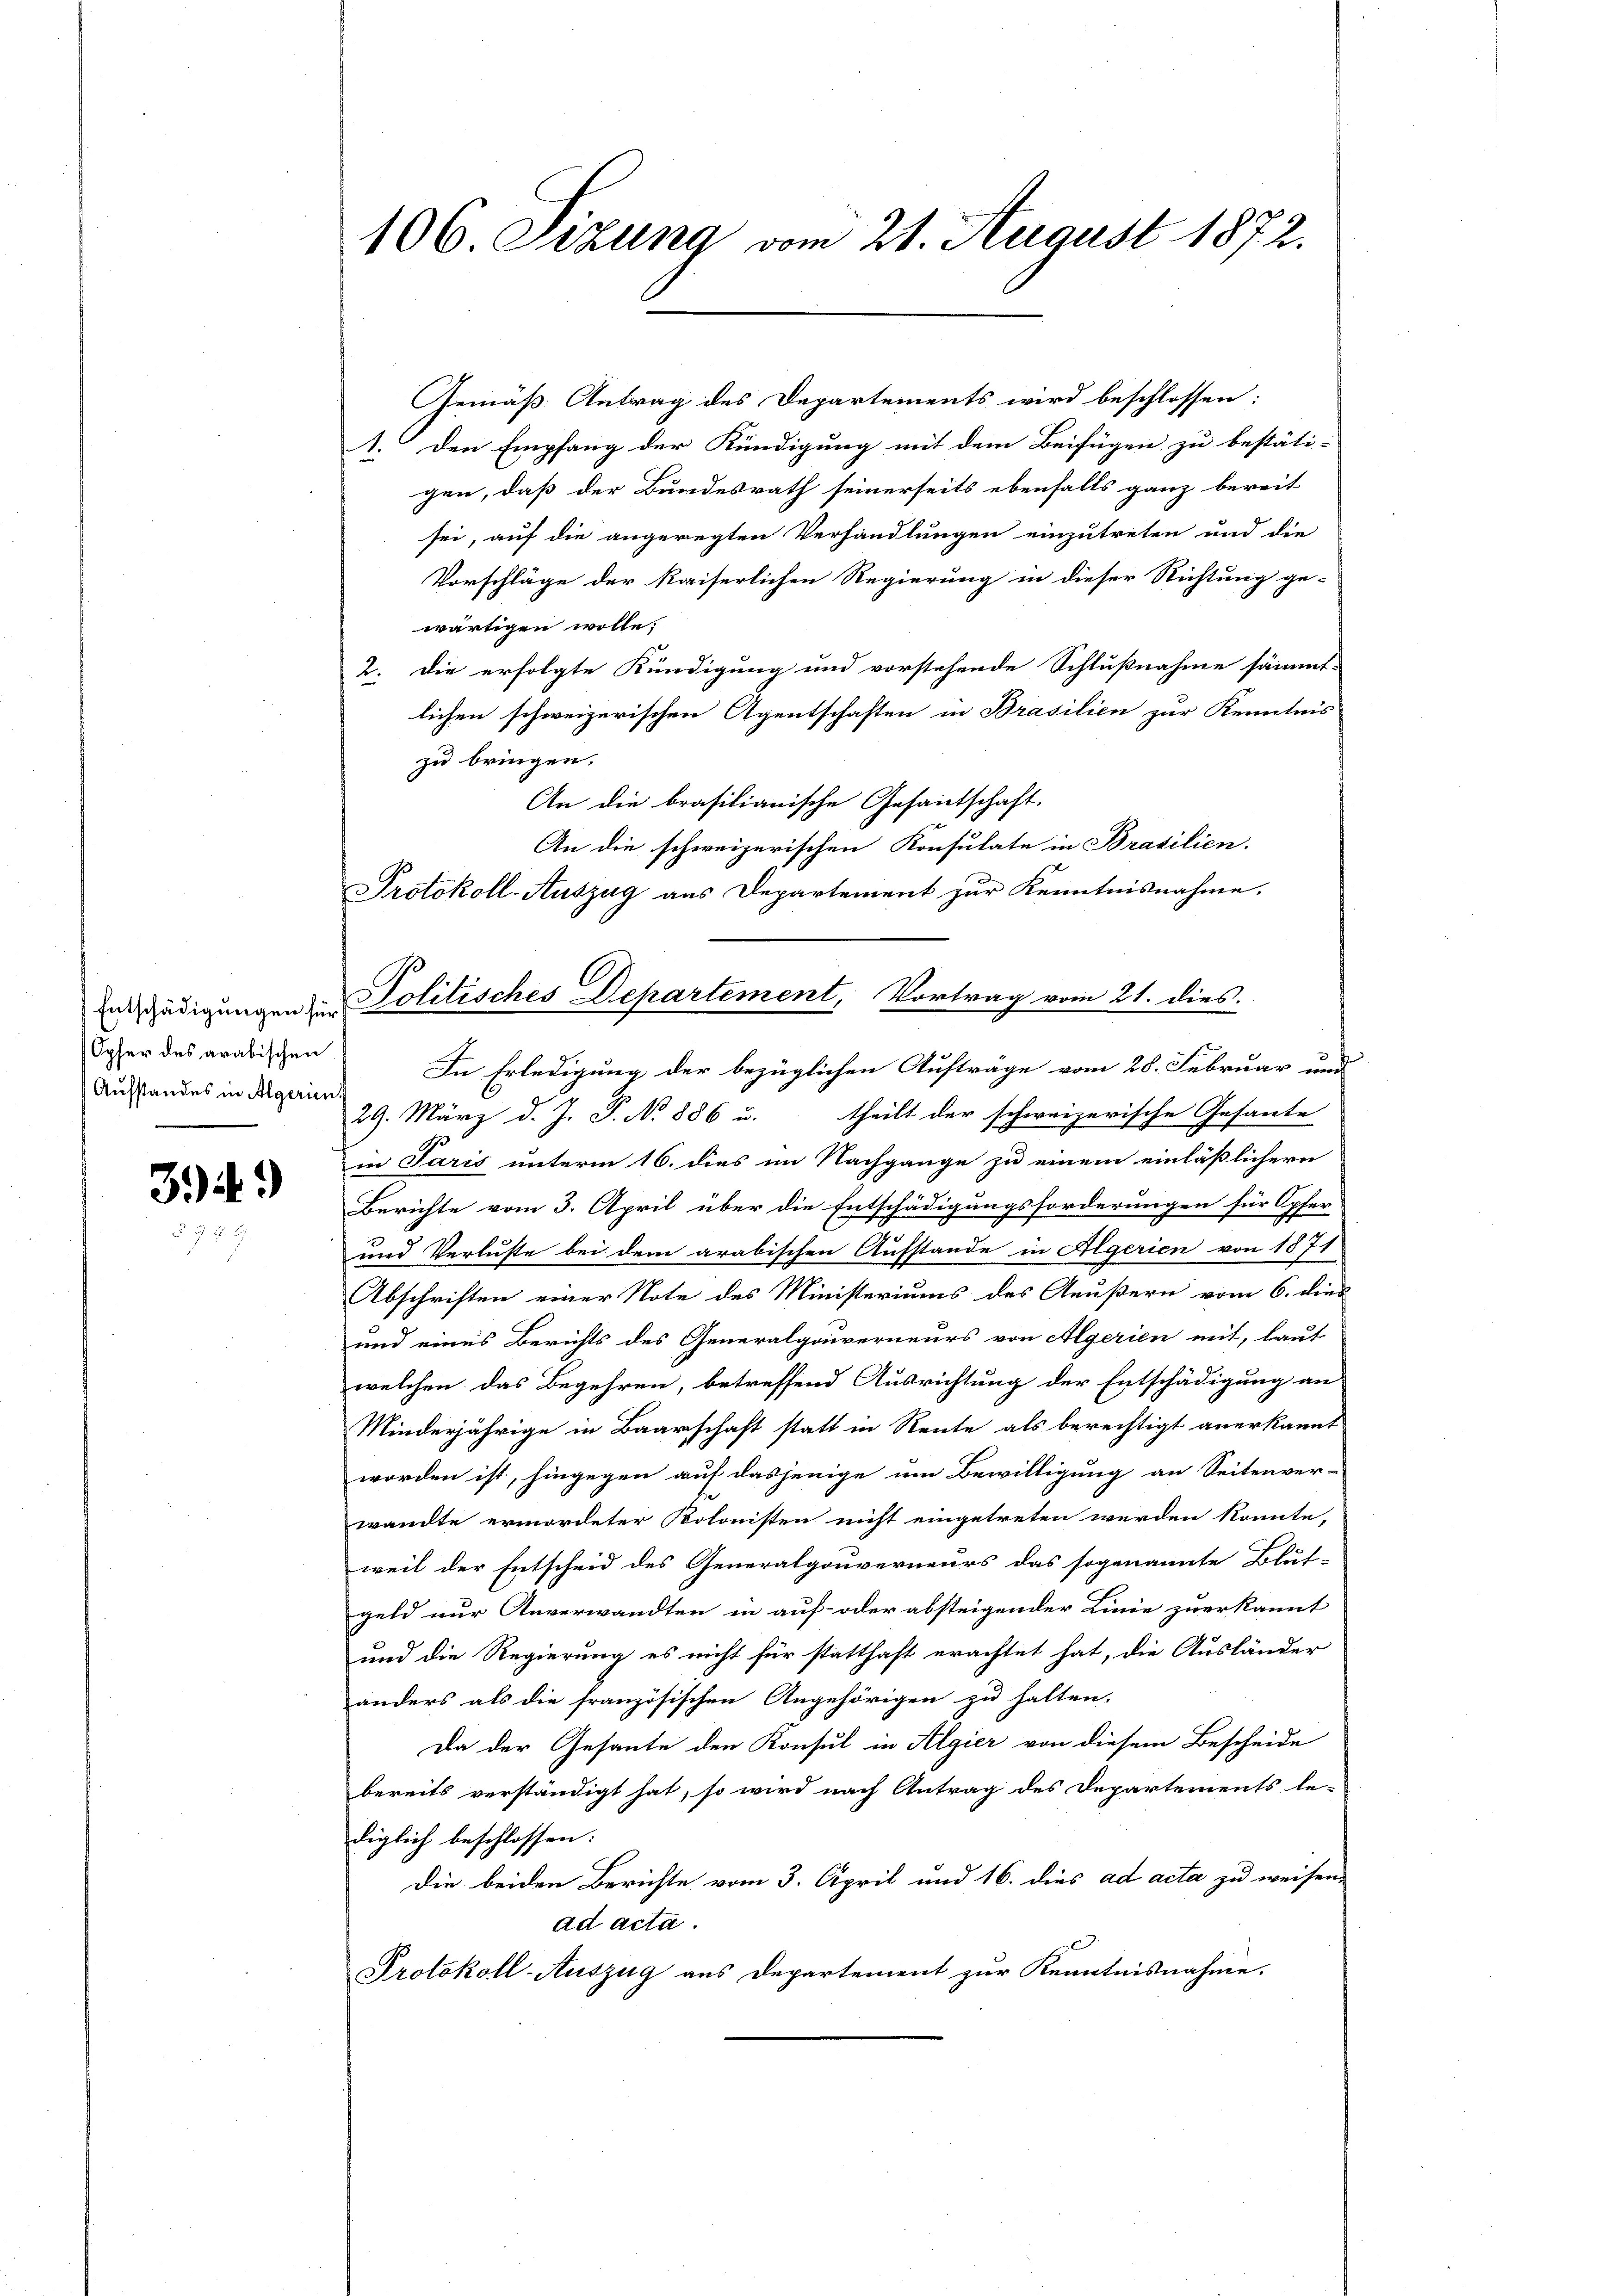
Entschädigungen für
Opfer des arabischen
Aufstandes in Algerien.

394)

Gemäß Antrag des Departements wird beschlossen:
1. Den Empfang der Kündigung mit dem Beifügen zu bestäti-
gen, daß der Bundesrath seinerseits ebenfalls ganz bereit
sei, auf die angeregten Verhandlungen einzutreten und die
Vorschläge der kaiserlichen Regierung in dieser Richtung ge-
wärtigen wolle;
2. Die erfolgte Kündigung und vorstehende Schlußnahme sämmt-
lichen schweizerischen Agentschaften in Brasilien zur Kenntnis
zu bringen.
An die brasilianische Gesantschaft.
An die schweizerischen Konsulate in Brasilien.
Protokoll-Auszug aus Departement zur Kenntnisnahme.
In Erledigung der bezüglichen Auftrage vom 28. Februar und
theilt der schweizerische Gesante
29. März d. J. P. No 886 u.
in Paris unterm 16. dies im Nachgange zu einem einläßlichern
Berichte vom 3. April über die Entschädigungsforderungen für Opfer-
und Verluste bei dem arabischen Aufstande in Algerien von 1871
Abschriften einer Note des Ministeriums des Aeußern vom 6. dies
und eines Berichts des Generalgouverneurs von Algerien mit, laut
welchen das Begehren, betreffend Ausrichtung der Entschädigung an
Minderjährige in Baarschaft statt in Neute als berechtigt anerkannt
worden ist, hingegen auf dasjenige um Bewilligung an Seitenver-
wandte ermordeter Kolonisten nicht eingetreten werden könnte,
weil der Entscheid des Generalgouverneurs das sogenannte Blut-
geld nur Unverwandten in auf- oder absteigender Linie zuerkannt
und die Regierung es nicht für statthaft erachtet hat, die Ausländer
anders als die französischen Angehörigen zu halten.
Da der Gesante den Konsul in Algier von diesem Bescheide
bereits verständigt hat, so wird nach Antrag des Departements le-
diglich beschlossen:
Die beiden Berichte vom 3. April und 16. dies ad acta zu weisen,
ad acta.
Protokoll-Auszug aus Departement zur Kenntnisnahme.

106 Sizung vom 21. August 1872.

Politisches Departement, Vortrag vom 21. dies